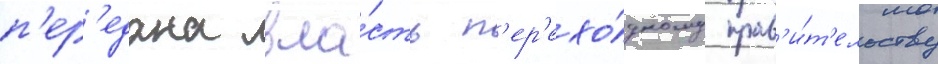
п'ер'едана вла́сть п'ер'ехо́дному прав'и́т'ельству